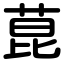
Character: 菎